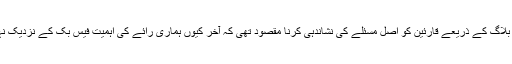
اس بلاگ کے ذریعے قارئین کو اصل مسئلے کی نشاندہی کرنا مقصود تھی کہ آخر کیوں ہماری رائے کی اہمیت فیس بک کے نزدیک نہیں۔